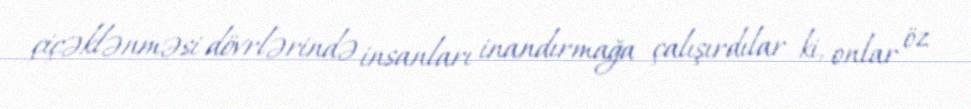
çiçəklənməsi dövrlərində insanları inandırmağa çalışırdılar ki, onlar öz